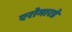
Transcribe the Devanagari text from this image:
एरोमारडे